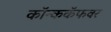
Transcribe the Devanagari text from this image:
कॉन्ककॅफवर